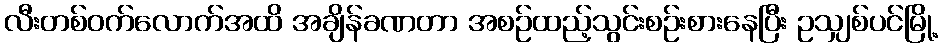
လီးတစ်ဝက်လောက်အထိ အချိန်ခဏတာ အစဉ်ထည့်သွင်းစဉ်းစားနေပြီး ဥသျှစ်ပင်မြို့